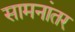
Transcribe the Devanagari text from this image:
सामनांतर